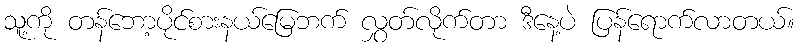
သူ့ကို တန်ဘော့ပိုင်စားနယ်မြေဘက် လွှတ်လိုက်တာ ဒီနေ့ပဲ ပြန်ရောက်လာတယ်။